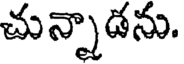
చున్నాడను.